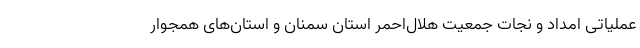
عملیاتی امداد و نجات جمعیت هلال‌احمر استان سمنان و استان‌های همجوار